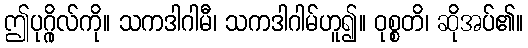
ဤပုဂ္ဂိုလ်ကို။ သကဒါဂါမီ၊ သကဒါဂါမ်ဟူ၍။ ဝုစ္စတိ၊ ဆိုအပ်၏။